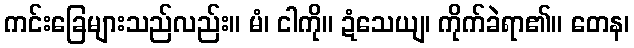
ကင်းခြေများသည်လည်း။ မံ၊ ငါကို။ ဍံသေယျ၊ ကိုက်ခဲရာ၏။ တေန၊